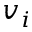
v _ { i }